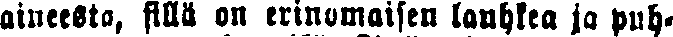
alueelta, sillä on erinomaisen lauhkea ja puh-